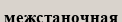
межстаночная